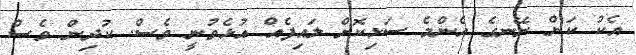
އެކު ކަން ނޭނގެ އެންމެ ސަޅިކޮށް ލައިފެއް އުޅެވުނީ ވެސް. ކުދިން ވެސް